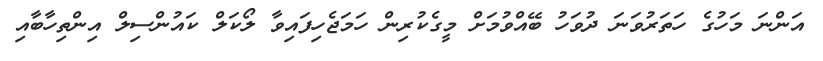
އަންނަ މަހުގެ ހަތަރުވަނަ ދުވަހު ބޭއްވުމަށް މީގެކުރިން ހަމަޖެހިފައިވާ ލޯކަލް ކައުންސިލް އިންތިހާބާއި